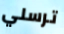
ترسلي